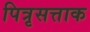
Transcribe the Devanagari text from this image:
पित्रृसत्ताक